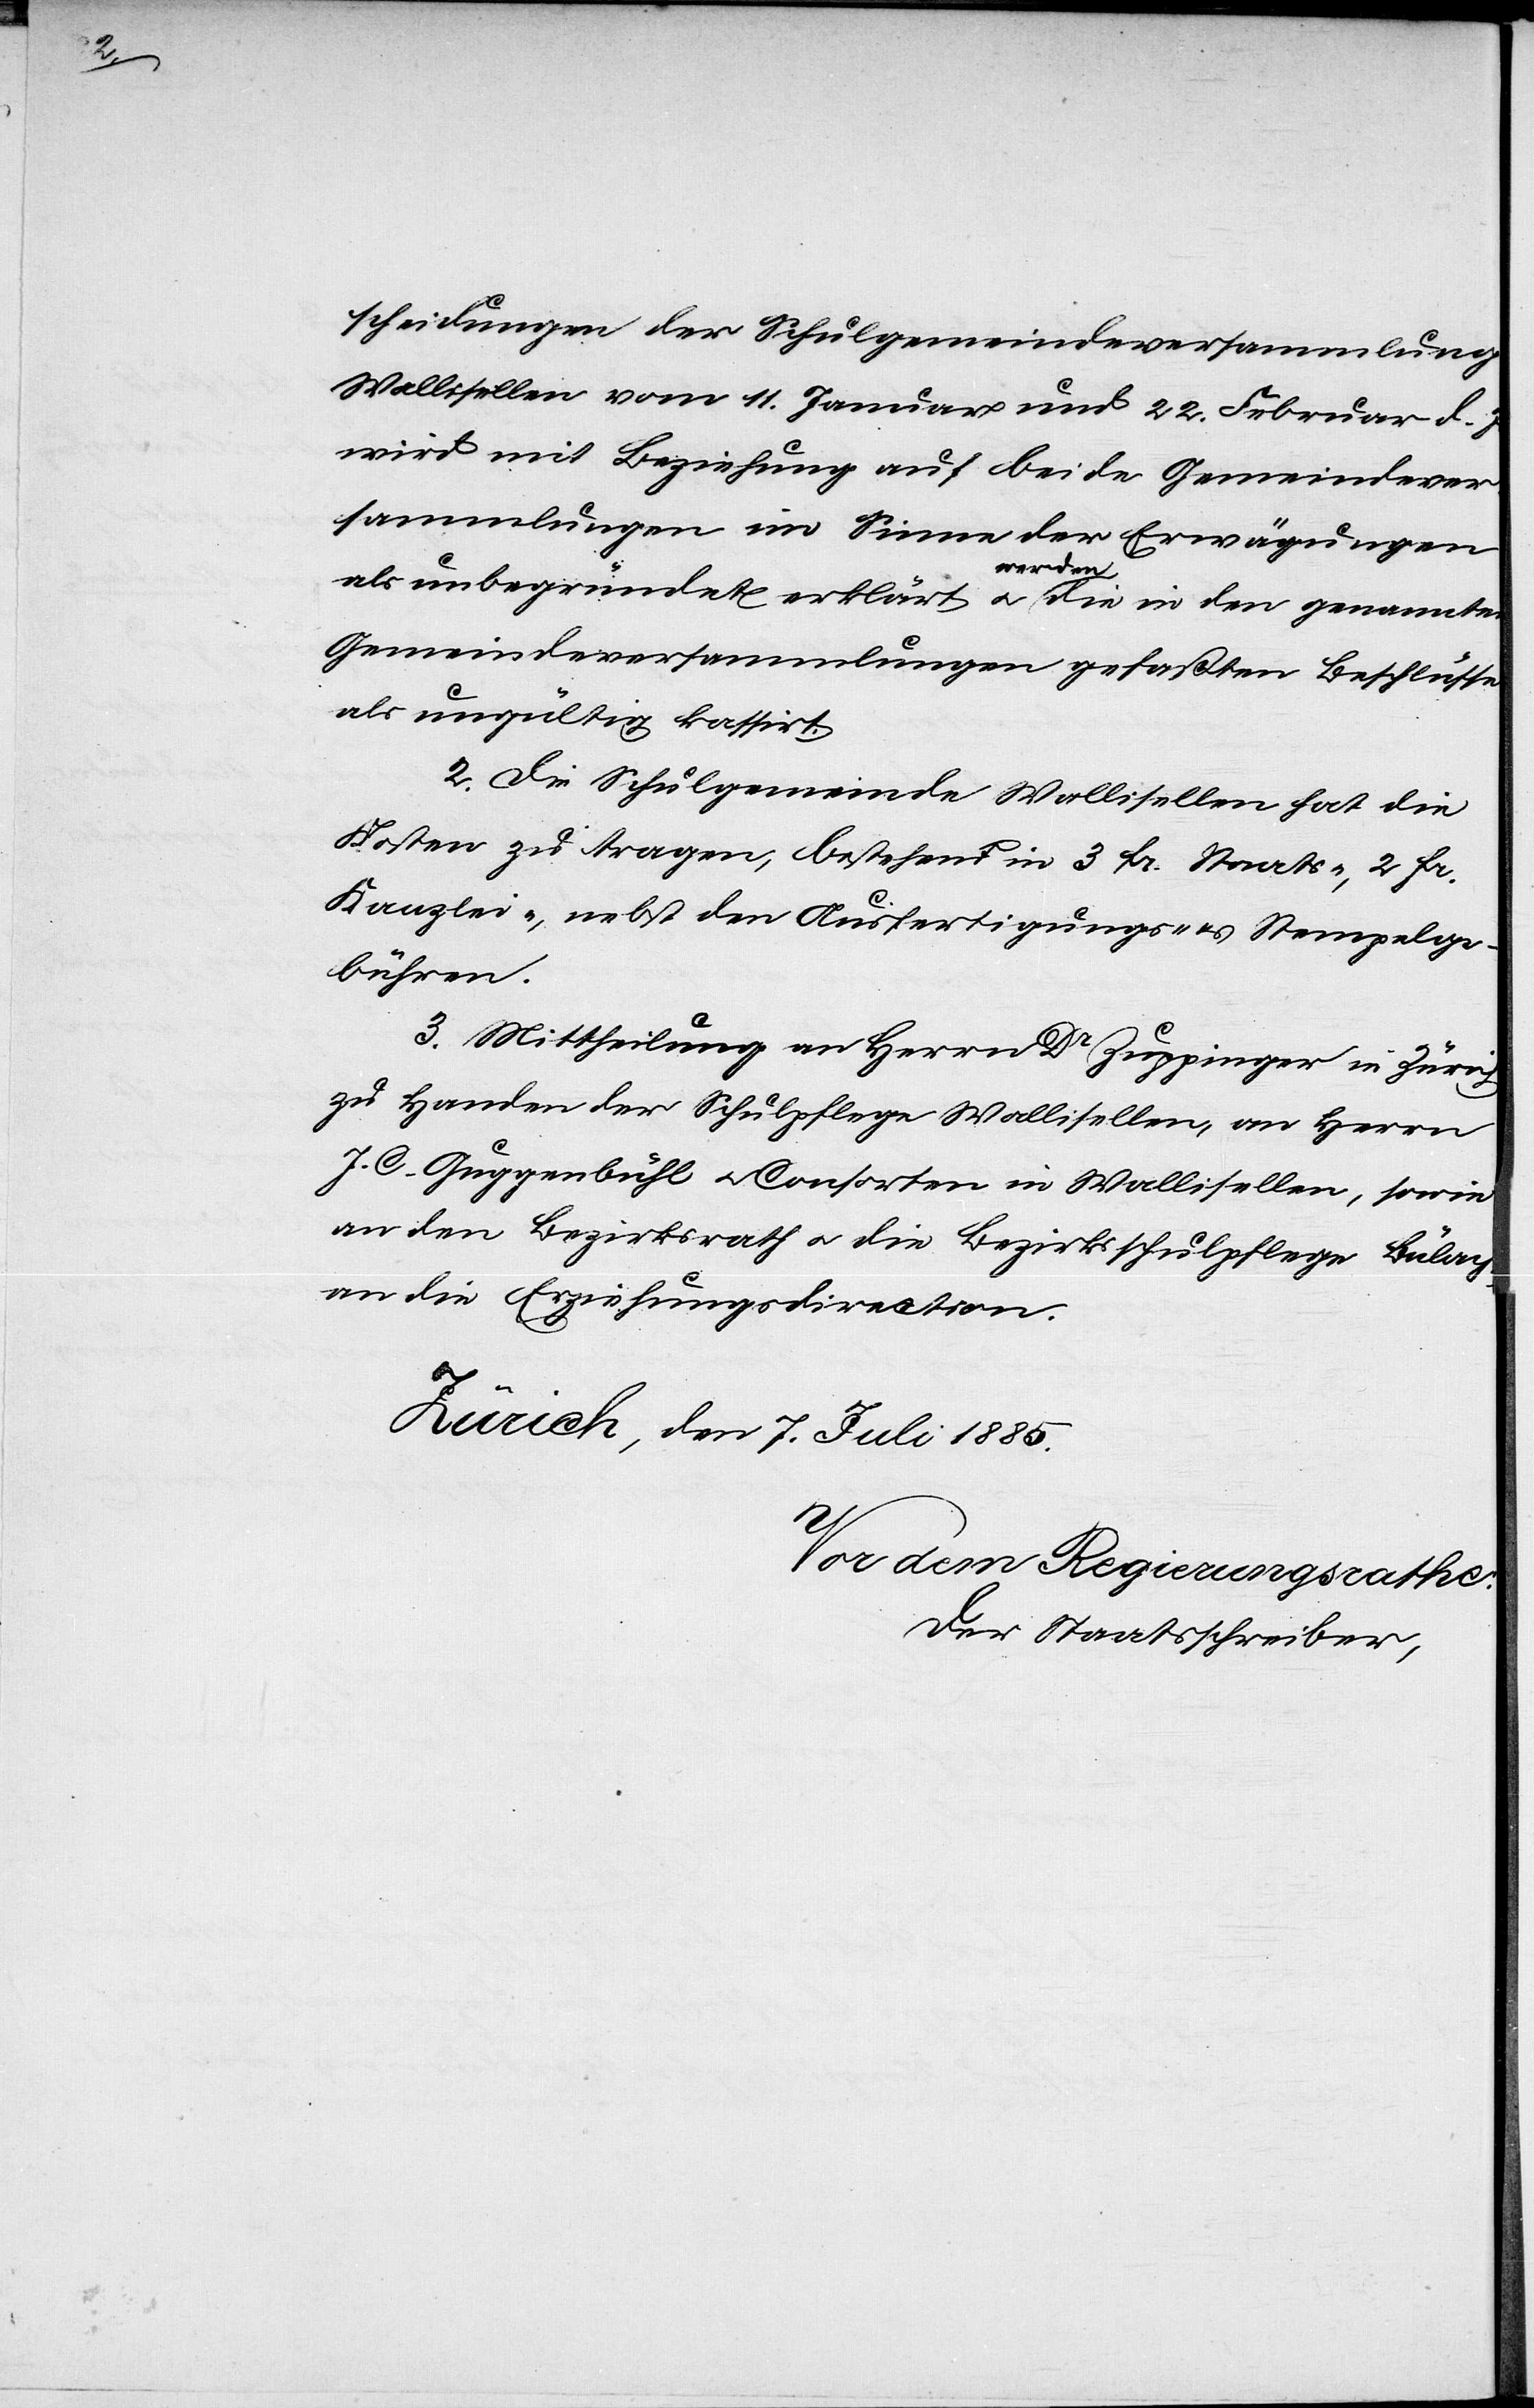
12.

worden